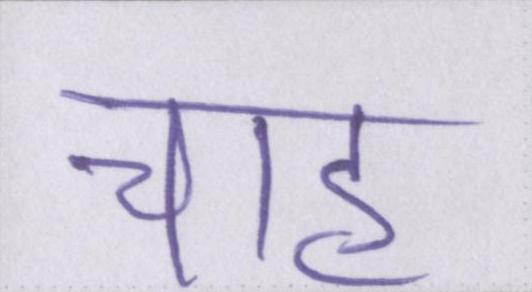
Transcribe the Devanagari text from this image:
चाह